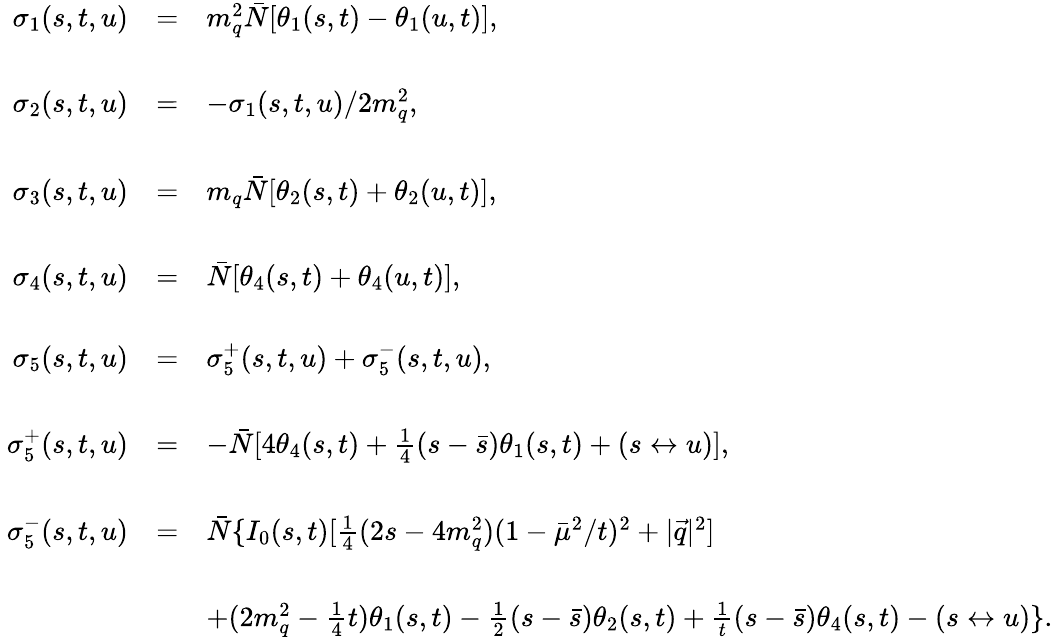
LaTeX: \begin{array}{rcl}{{\sigma_{1}(s,t,u)}}&{{=}}&{{m_{q}^{2}\bar{N}[\theta_{1}(s,t)-\theta_{1}(u,t)],}}\\ {{}}&{{}}&{{}}\\ {{\sigma_{2}(s,t,u)}}&{{=}}&{{-\sigma_{1}(s,t,u)/2m_{q}^{2},}}\\ {{}}&{{}}&{{}}\\ {{\sigma_{3}(s,t,u)}}&{{=}}&{{m_{q}\bar{N}[\theta_{2}(s,t)+\theta_{2}(u,t)],}}\\ {{}}&{{}}&{{}}\\ {{\sigma_{4}(s,t,u)}}&{{=}}&{{\bar{N}[\theta_{4}(s,t)+\theta_{4}(u,t)],}}\\ {{}}&{{}}&{{}}\\ {{\sigma_{5}(s,t,u)}}&{{=}}&{{\sigma_{5}^{+}(s,t,u)+\sigma_{5}^{-}(s,t,u),}}\\ {{}}&{{}}&{{}}\\ {{\ \sigma_{5}^{+}(s,t,u)}}&{{=}}&{{-\bar{N}[4\theta_{4}(s,t)+{\frac{1}{4}}(s-\bar{s})\theta_{1}(s,t)+(s\leftrightarrow u)],}}\\ {{}}&{{}}&{{}}\\ {{\ \sigma_{5}^{-}(s,t,u)}}&{{=}}&{{\bar{N}\{ I_{0}(s,t)[{\frac{1}{4}}(2s-4m_{q}^{2})(1-\bar{\mu}^{2}/t)^{2}+|\vec{q}|^{2}]}}\\ {{}}&{{}}&{{}}\\ {{}}&{{}}&{{+(2m_{q}^{2}-{\frac{1}{4}}t)\theta_{1}(s,t)-{\frac{1}{2}}(s-\bar{s})\theta_{2}(s,t)+{\frac{1}{t}}(s-\bar{s})\theta_{4}(s,t)-(s\leftrightarrow u)\} .}}\end{array}